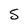
Character: S